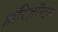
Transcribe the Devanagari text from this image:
हॉरिज़ॉण्टल